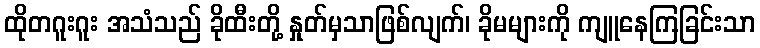
ထိုတဂူးဂူး အသံသည် ခိုထီးတို့ နှုတ်မှသာဖြစ်လျက်၊ ခိုမများကို ကျူနေကြခြင်းသာ